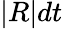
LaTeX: |R|dt